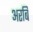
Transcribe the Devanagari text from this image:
अरबि